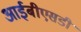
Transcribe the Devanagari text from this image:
आईबीएसडी